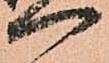
一